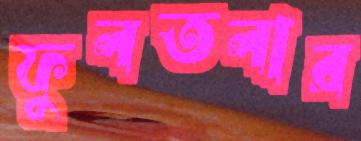
ফুলতলার